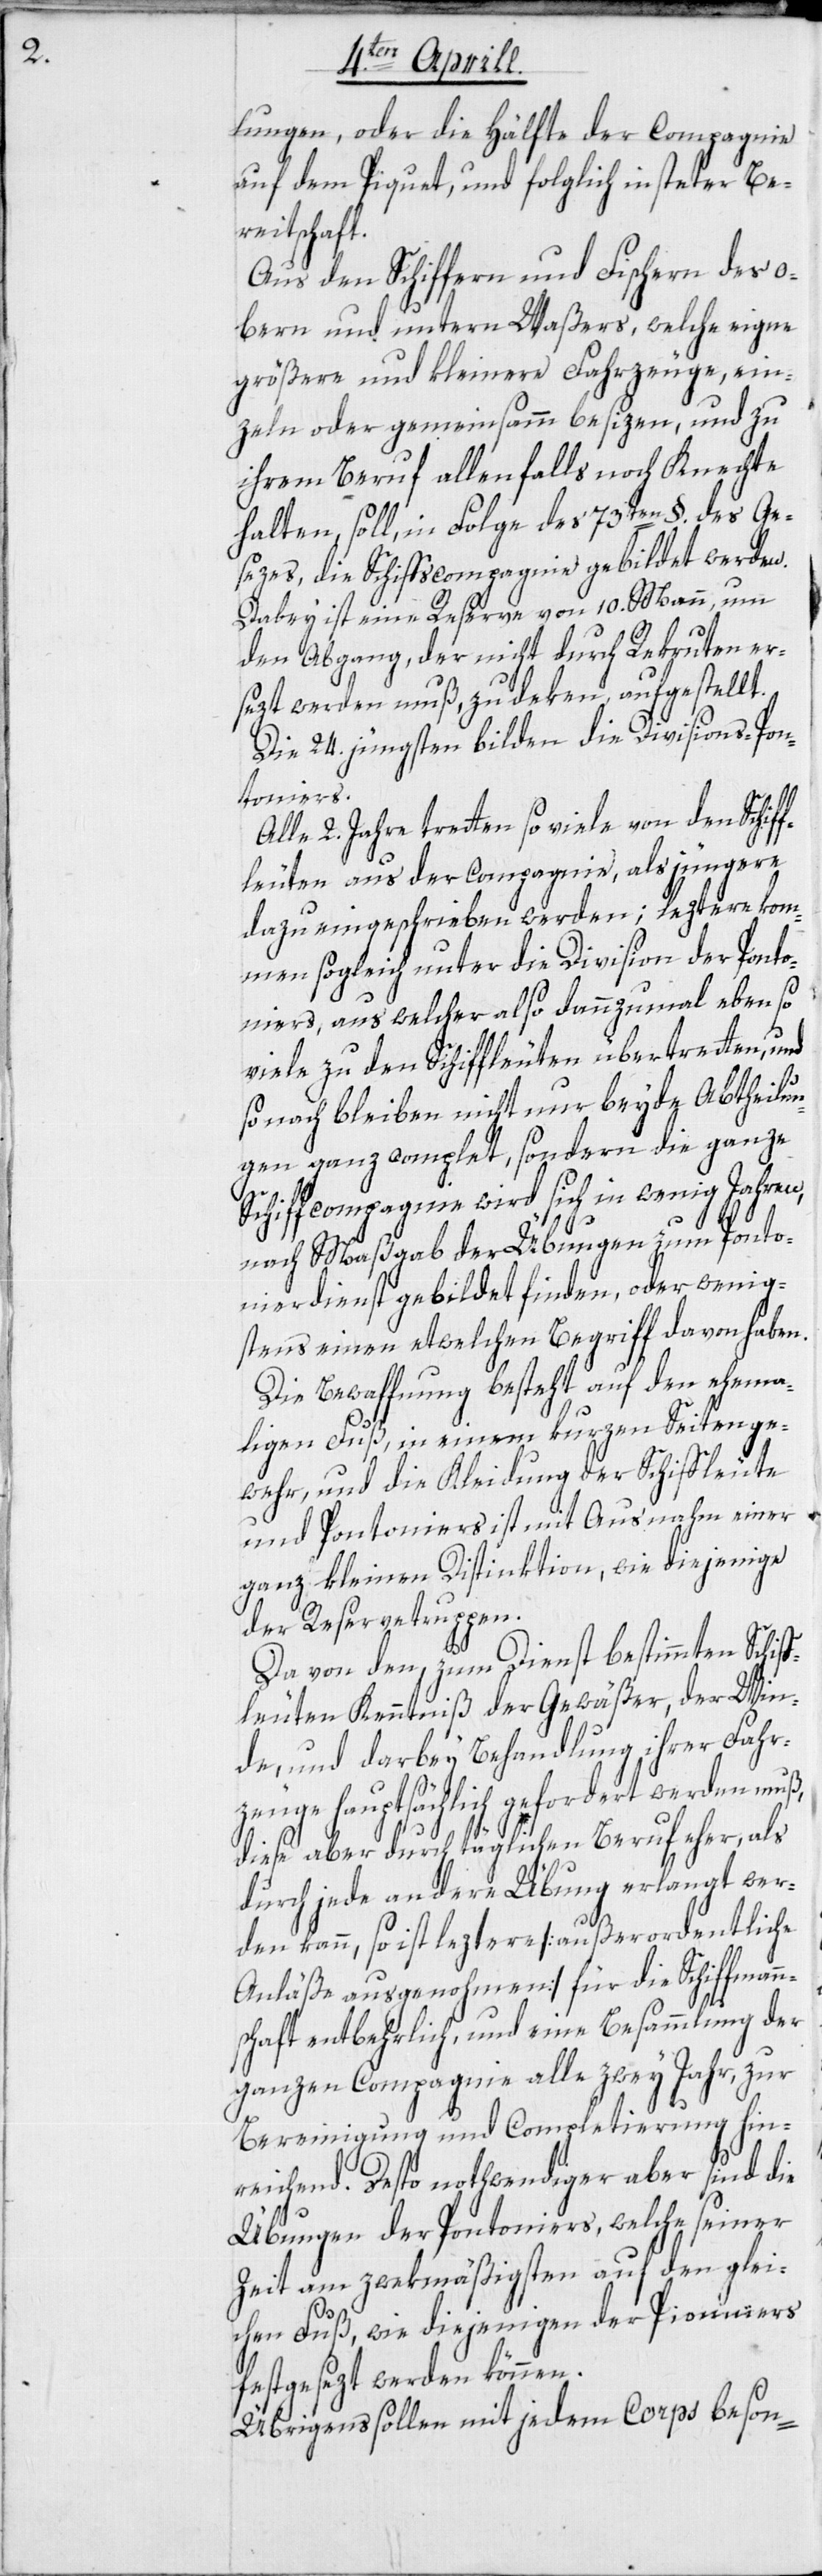
lungen, oder die Hälfte der Compagnie
auf dem Piquet, und folglich in steter Be¬
reitschaft.
Aus den Schiffern und Fischern des o¬
bern und untern Waßers, welche eigne
größere und kleinere Fahrzeuge, ein¬
zeln oder gemeinsamm besizen, und zu
ihrem Beruf allenfalls noch Knechte
halten, soll, in Folge des 73ten §. des Ge¬
sezes, die Schiffscompagnie gebildet werden.
Dabey ist eine Reserve von 10. Mann, um
den Abgang, der nicht durch Rekruten er¬
sezt werden muß, zu deken, aufgestellt.
Die 24. jüngsten bilden die Divisions-Pon¬
toniers.
Alle 2. Jahre tretten so viele von den Schif¬
fleuten aus der Compagnie, als jüngere
dazu eingeschrieben werden; leztere kom¬
men sogleich unter die Division der Ponto¬
niers, aus welcher also dannzumal eben so
viele zu den Schiffleuten übertretten, und
sonach bleiben nicht nur beyde Abtheilun¬
gen ganz complet, sondern die ganze
Schiffcompagnie wird sich in wenig Jahren,
nach Maßgab der Übungen zum Ponto¬
nierdienst gebildet finden, oder wenig¬
stens einen etwelchen Begriff davon haben.
Die Bewaffnung besteht auf den ehema¬
ligen Fuß, in einem kurzen Seitenge¬
wehr, und die Kleidung der Schiffleute
und Pontoniers ist mit Ausnahm einer
ganz kleinen Distinktion, wie diejenige
der Reservetruppen.
Da von den, zum Dienst bestimmten Schif¬
fleuten Kenntniß der Gewäßer, der Win¬
de, und darbey Behandlung ihrer Fahr¬
zeuge hauptsächlich gefordert werden muß,
diese aber durch täglichen Beruf eher, als
durch jede andere Übung erlangt wer¬
den kann, so ist leztere [außerordentliche
Anläße ausgenohmen] für die Schiffmann¬
schaft entbehrlich, und eine Besammlung der
ganzen Compagnie alle zwey Jahr, zur
Bereinigung und Completierung hin¬
reichend. Desto nothwendiger aber sind die
Übungen der Pontoniers, welche seiner
Zeit am zwekmäßigsten auf den glei¬
chen Fuß, wie diejenigen der Pionniers
festgesezt werden können.
Übrigens sollen mit jedem Corps beson-